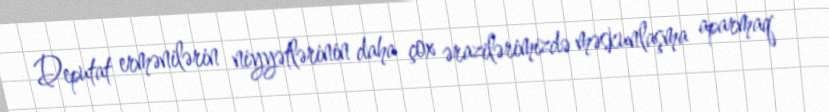
Deputat ermənilərin niyyətlərinin daha çox ərazilərimizdə məskunlaşma aparmaq